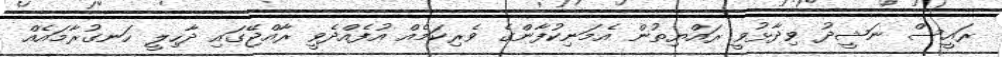
ރައީސް ނަޝީދު ވިދާޅުވީ ރައްޔިތުން އެމަނިކުފާންގެ ވެރިކަމެއް އުފެއްދެވީ ރާއްޖޭގައި ދާހިލީ ހަނގުރާމައެއް